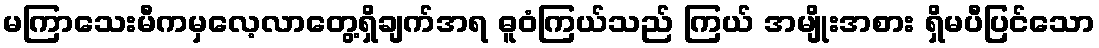
မကြာသေးမီကမှလေ့လာတွေ့ရှိချက်အရ ဓူဝံကြယ်သည် ကြယ် အမျိုးအစား ရှိမပီပြင်သော